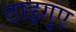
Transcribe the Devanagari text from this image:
टाइगुए